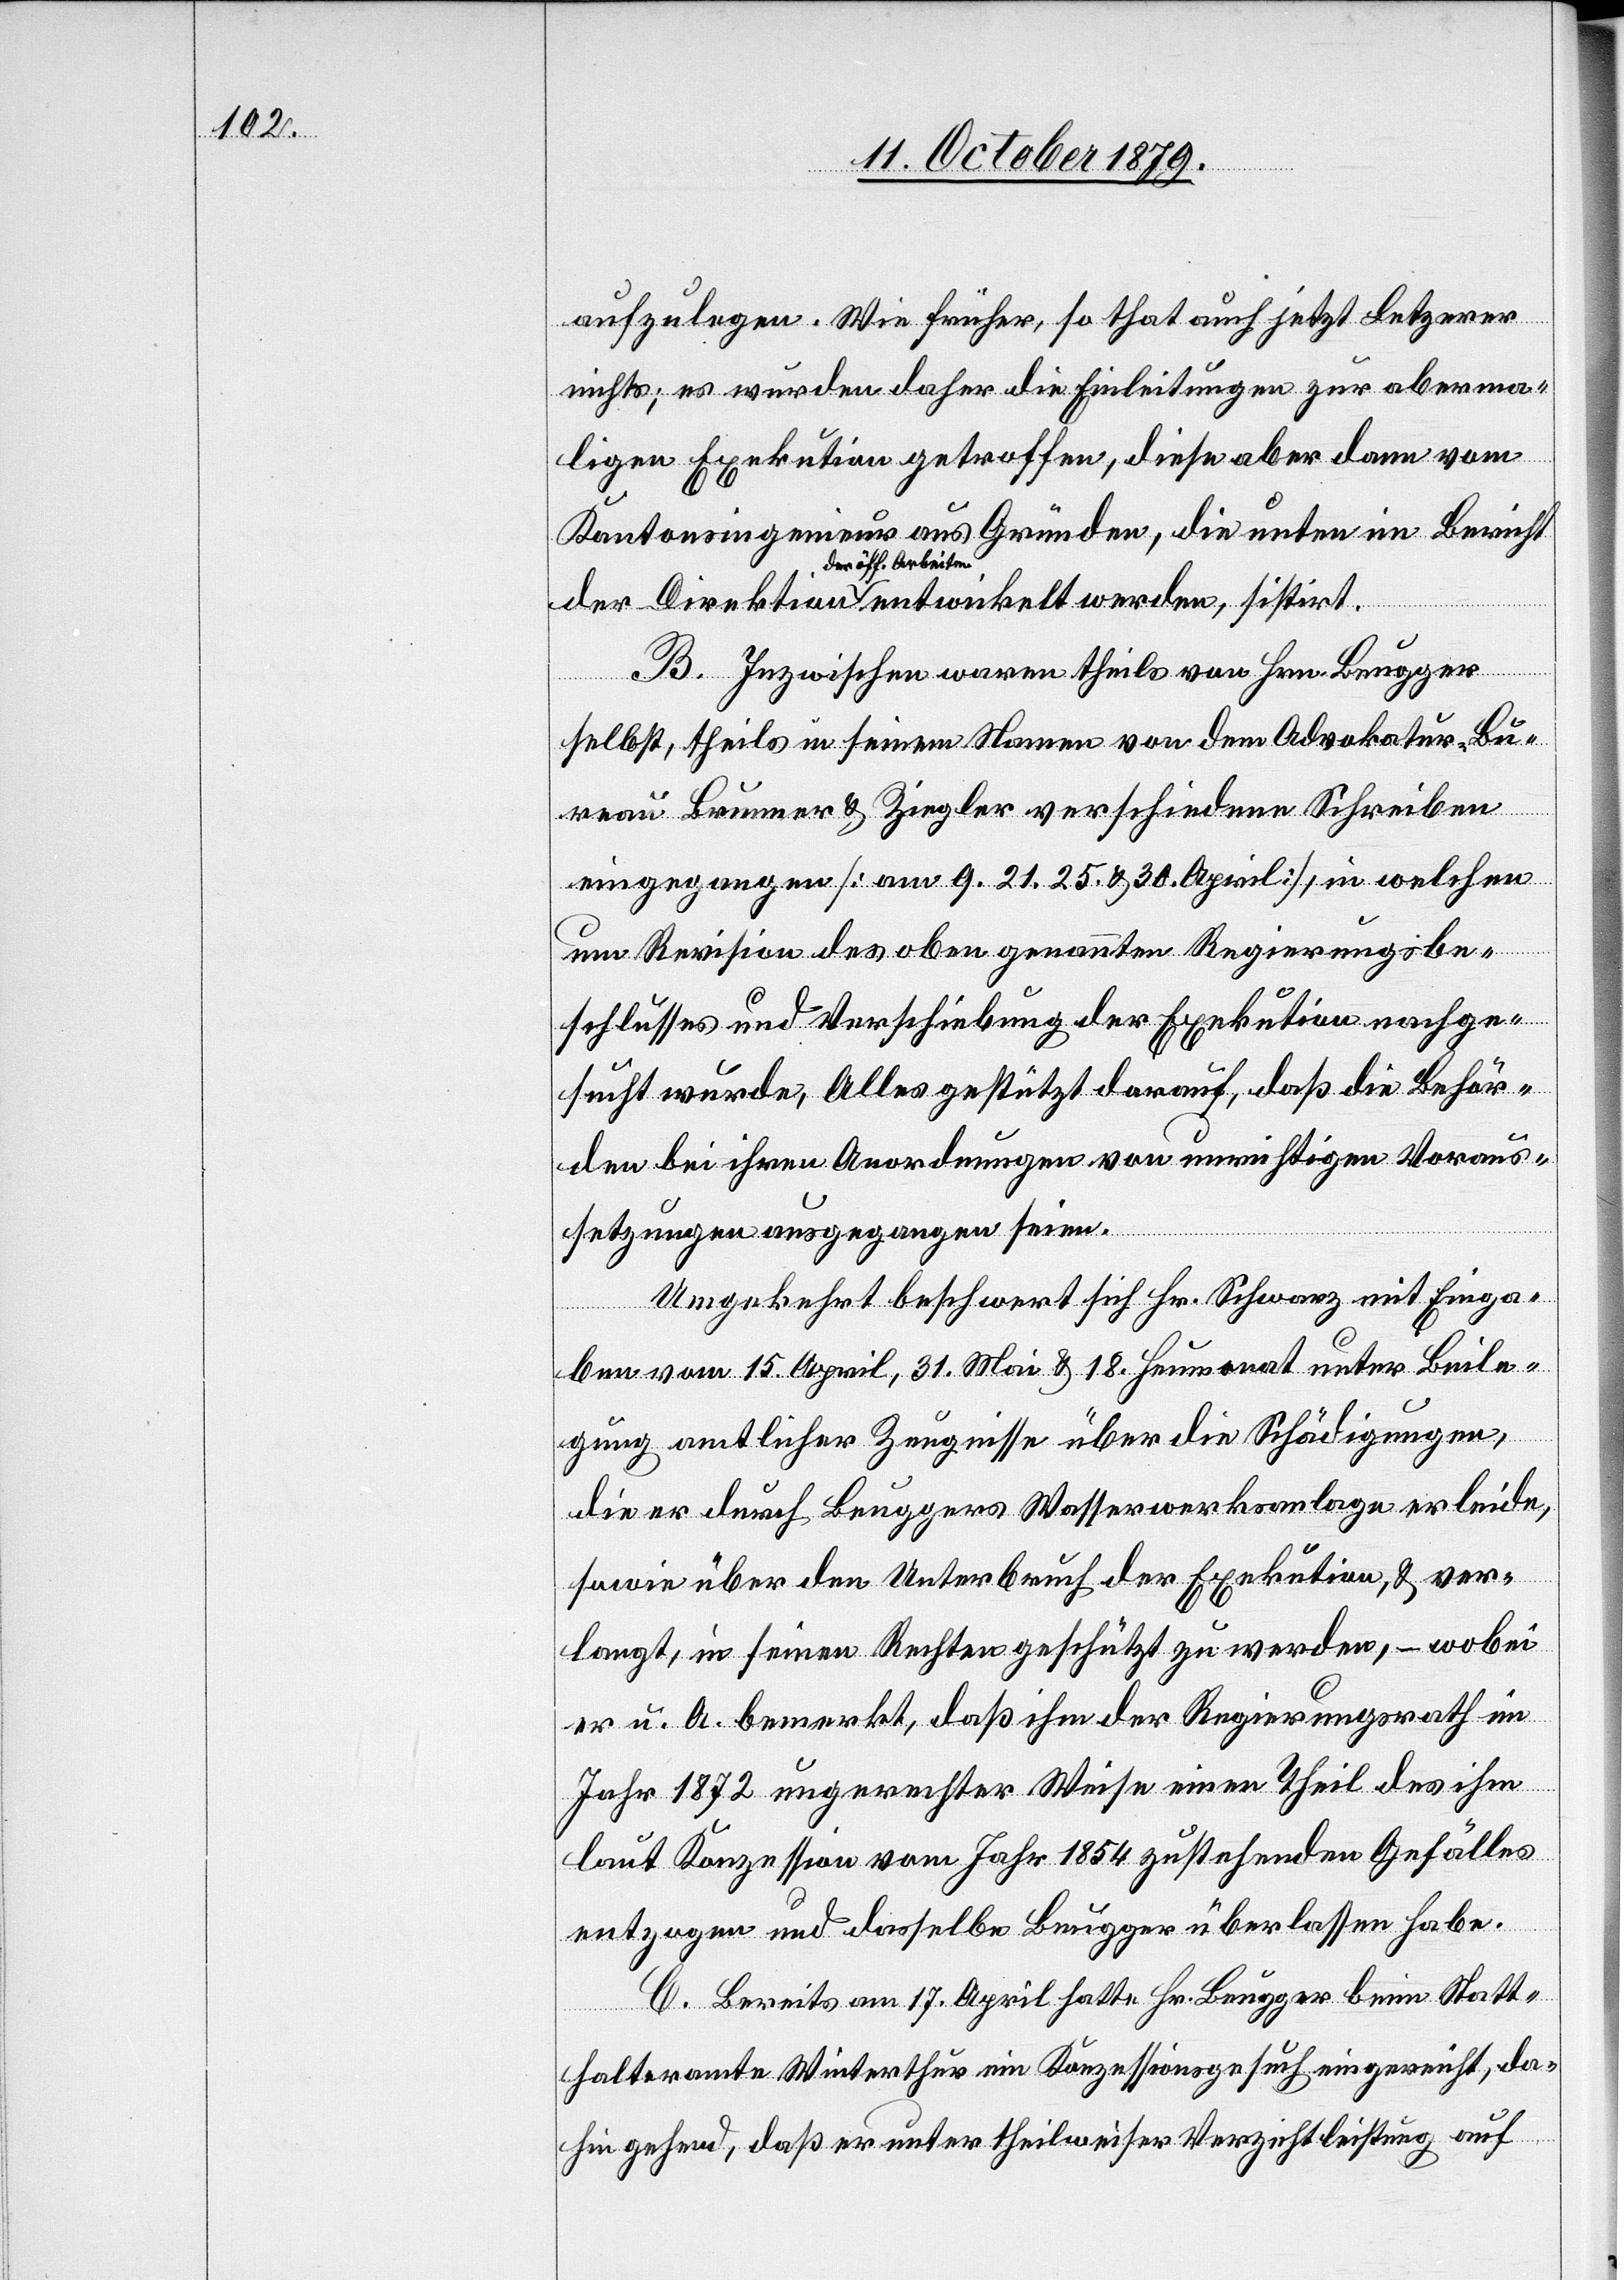
aufzulegen. Wie früher, so that auch jetzt letzterer
nichts; es würden daher die Einleitungen zur aberma¬
ligen Exekution getroffen, diese aber dann vom
Kantonsingenieur aus Gründen, die unten im Bericht
der öff. Arbeiten
B. Inzwischen waren theils von Hrn. Beugger
selbst, theils in seinem Namen von dem Advokatur-Bu¬
reau Brunner & Ziegler verschiedenen Schreiben
eingegangen [am 9. 21. 25. & 30. April], in welchen
um Revision des oben genannten Regierungsbe¬
schlusses und Verschiebung der Exekution nachge¬
sucht wurde, Alles gestützt darauf, daß die Behör¬
den bei ihren Aenderungen von unwichtigen Voraus¬
setzungen ausgegangen seien.
Umgekehrt beschwert sich Hr. Schwarz mit Einga¬
ben vom 15. April, 31. Mai & 18. Heumonat unter Beile¬
gung amtlicher Zeugnisse über die Schädigungen,
die er durch Beuggers Wasserwerkanlage erleide,
sowie über den Unterbruch der Exekution, & ver¬
langt, in seinen Rechten geschützt zu werden, – wobei
er u. A. bemerkt, daß ihm der Regierungsrath im
Jahr 1872 ungerechter Weise einen Theil des ihm
laut Konzession vom Jahr 1854 zustehenden Gefälles
entzogen und dasselbe Beugger überlassen habe.
C. Bereits am 17. April hatte Hr. Beugger beim Statt¬
halteramte Winterthur ein Konzessionsgesuch eingereicht, da¬
hingehend, daß er unter theilweiser Verzichtleistung auf